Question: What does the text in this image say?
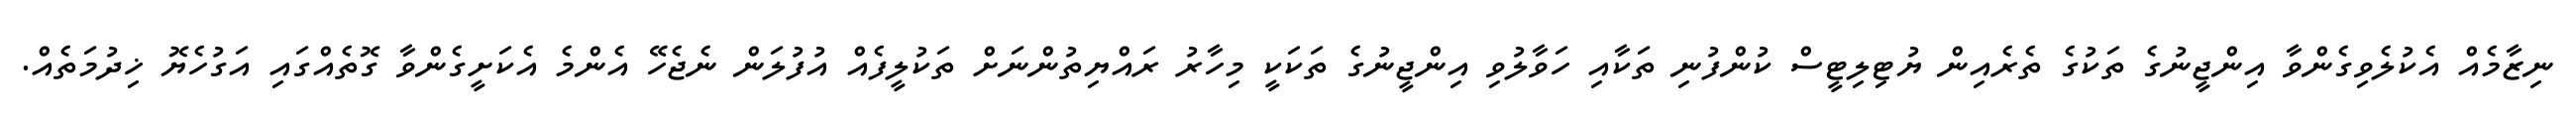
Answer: ނިޒާމެއް އެކުލެވިގެންވާ އިންޖީނުގެ ތަކުގެ ތެރެއިން ޔުޓިލިޓީސް ކުންފުނި ތަކާއި ހަވާލުވި އިންޖީނުގެ ތަކަކީ މިހާރު ރައްޔިތުންނަށް ތަކުލީފެއް އުފުލަން ނެޖެހޭ އެންމެ އެކަށީގެންވާ ގޮތެއްގައި އަގުހެޔޮ ޚިދުމަތެއް.